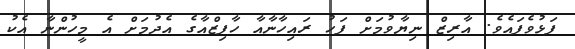
ފަޅުވެފައެވެ. އާރިޒް ނިޔާވުމަށް ފަހު ރައިހާނާއާ ހާފިޒްއާގެ އެދުމަށް އެ މީހުންނާ އެކު